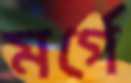
মর্গে